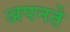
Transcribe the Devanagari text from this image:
अपनते